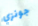
جونزي